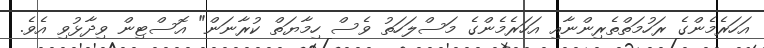
އަހަރެމެންގެ ރަހުމަތްތެރިންނާއި އަހަރެމެންގެ މަސްލަހަތު ވެސް ހިމާޔަތް ކުރާނަން" އޮސްޓިން ވިދާޅުވި އެވެ.